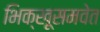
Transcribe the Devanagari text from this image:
भिक्खूसमवेत